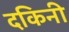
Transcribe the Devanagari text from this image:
दकिनी